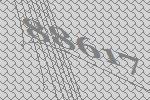
88617